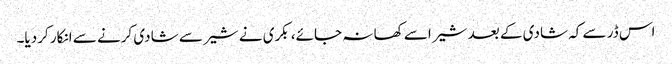
اس ڈر سے کہ شادی کے بعد شیر اسے کھا نہ جائے، بکری نے شیر سے شادی کرنے سے انکار کردیا۔